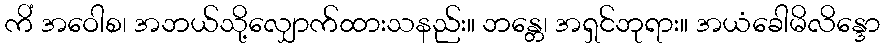
ကိံ အဝေါစ၊ အဘယ်သို့လျှောက်ထားသနည်း။ ဘန္တေ၊ အရှင်ဘုရား။ အယံခေါမိလိန္ဒော